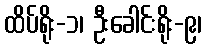
ထိပ်ရိုး-၁၊ ဦးခေါင်းရိုး-၉၊